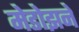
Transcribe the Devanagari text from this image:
मेडोझने